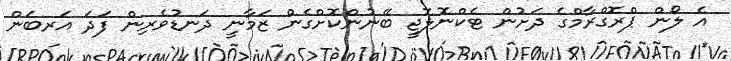
އެ ލޯން ޕްރޮގްރާމްގެ ދަށުން ޓެކްނޮލޮޖީ ބޭނުންކޮށްގެން ޒަމާނީ ދަނޑުވެރިން ފަދަ އަރބަން